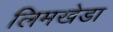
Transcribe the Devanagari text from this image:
लिमखेडा